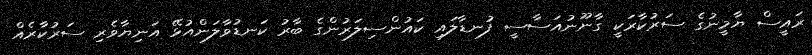
ރައީސް ޔާމީނުގެ ސަރުކާރަކީ ގާނޫނުއަސާސީ ފުނޑާލައި ކައުންސިލަރުންގެ ބާރު ކަނޑުވާލަންއުޅޭ އަނިޔާވެރި ސަރުކާރެއް